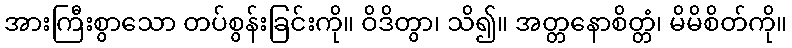
အားကြီးစွာသော တပ်စွန်းခြင်းကို။ ဝိဒိတွာ၊ သိ၍။ အတ္တနောစိတ္တံ၊ မိမိစိတ်ကို။